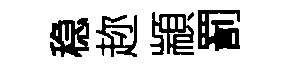
稳趂顓罰